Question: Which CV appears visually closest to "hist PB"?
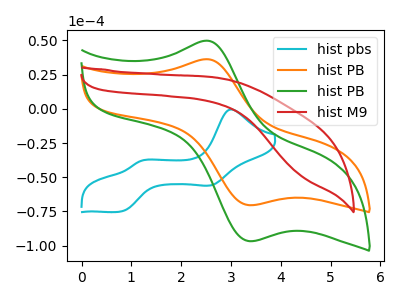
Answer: <think>The cyan curve "hist pbs" has anodic peaks at (3.00V, -0.45uA) (1.20V, -38.10uA) and cathodic peaks at (2.60V, -55.75uA) (0.80V, -75.10uA). The orange curve "hist PB" has an anodic peak at (2.50V, 36.25uA) and a cathodic peak at (3.35V, -70.40uA). The green curve "hist PB" has an anodic peak at (2.50V, 49.75uA) and a cathodic peak at (3.35V, -96.70uA). The red curve "hist M9" has no peaks.
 "hist pbs" and "hist PB" have a different number of peaks. "hist pbs" and "hist PB" have a different number of peaks. "hist pbs" and "hist M9" have a different number of peaks. All the peaks in "hist PB" have a peak in "hist PB" at the same potential. Every peak in "hist PB" is lower than every peak in "hist PB". "hist PB" and "hist M9" have a different number of peaks. "hist PB" and "hist M9" have a different number of peaks.</think>
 <answer>The CV with the most similar shape to "hist PB" is "hist PB".</answer>
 <eval>"hist PB"</eval>